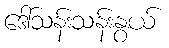
ဒေါ်သန်းသန်းနွယ်